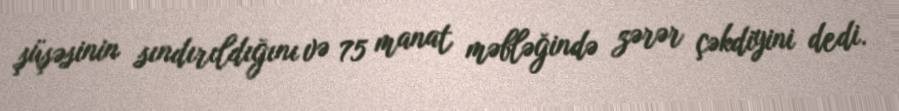
şüşəsinin sındırıldığını və 75 manat məbləğində zərər çəkdiyini dedi.